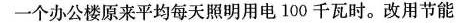
一个办公楼原来平均每天照明用电100千瓦时。改用节能